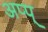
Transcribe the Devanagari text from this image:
अप्प्